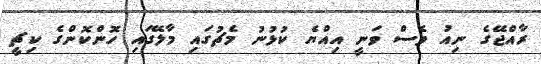
ރާއްޖޭގެ ނިއު ވެސް ވަނީ އިއްޔެ ކުޅުނު މެޗުގައި މާލޭގައި ހޮންކޮންގެ ކިޗީ